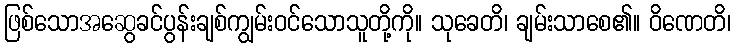
ဖြစ်သောအဆွေခင်ပွန်းချစ်ကျွမ်းဝင်သောသူတို့ကို။ သုခေတိ၊ ချမ်းသာစေ၏။ ဝိဏေတိ၊